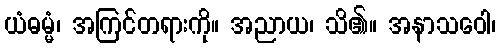
ယံဓမ္မံ၊ အကြင်တရားကို။ အညာယ၊ သိ၏။ အနာသဝေါ၊